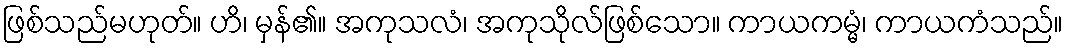
ဖြစ်သည်မဟုတ်။ ဟိ၊ မှန်၏။ အကုသလံ၊ အကုသိုလ်ဖြစ်သော။ ကာယကမ္မံ၊ ကာယကံသည်။